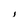
Character: i